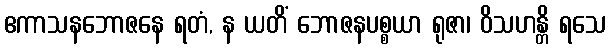
ဧကာသနဘောဇနေ ရတံ, န ယတိံ ဘောဇနပစ္စယာ ရုဇာ၊ ဝိသဟန္တိ ရသေ